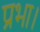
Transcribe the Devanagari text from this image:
प्रभा।